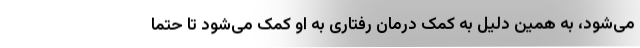
می‌شود، به همین دلیل به کمک درمان رفتاری به او کمک می‌شود تا حتما